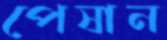
পেষান